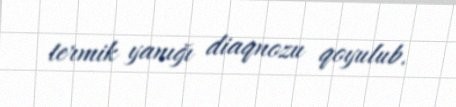
termik yanığı diaqnozu qoyulub.